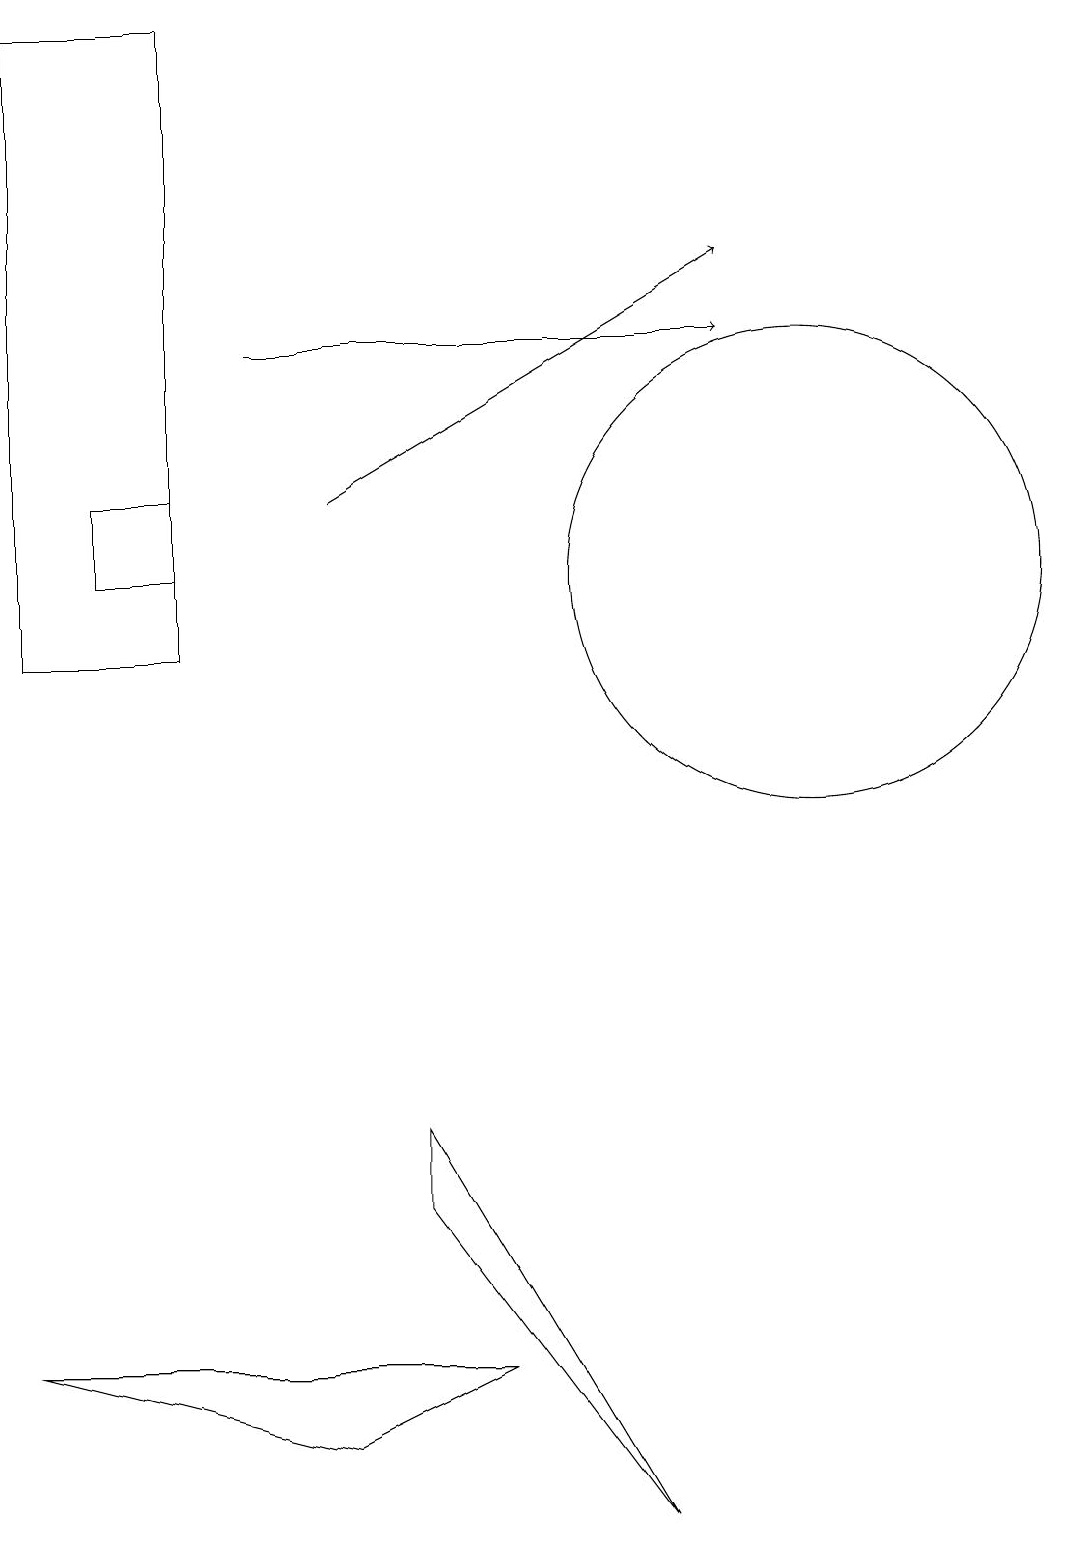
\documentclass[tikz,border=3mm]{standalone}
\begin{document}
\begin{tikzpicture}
\draw (0,19) rectangle (2,11);
\draw (10,12) circle (3);
\draw (5,4) -- (5,5) -- (8,0) -- cycle;
\draw[->] (4,13) -- (9,16);
\draw (1,12) rectangle (2,13);
\draw (6,2) -- (0,2) -- (4,1) -- cycle;
\draw[->] (3,15) -- (9,15);
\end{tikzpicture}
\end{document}